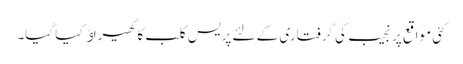
کئی مواقع پر نجیب کی گرفتاری کے لئے پریس کلب کا گھیراﺅ کیا گیا۔